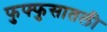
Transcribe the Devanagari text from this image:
फुफ्फुसातली